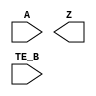
/**
 * Copyright 2020 The SkyWater PDK Authors
 *
 * Licensed under the Apache License, Version 2.0 (the "License");
 * you may not use this file except in compliance with the License.
 * You may obtain a copy of the License at
 *
 *     https://www.apache.org/licenses/LICENSE-2.0
 *
 * Unless required by applicable law or agreed to in writing, software
 * distributed under the License is distributed on an "AS IS" BASIS,
 * WITHOUT WARRANTIES OR CONDITIONS OF ANY KIND, either express or implied.
 * See the License for the specific language governing permissions and
 * limitations under the License.
 *
 * SPDX-License-Identifier: Apache-2.0
 */

`ifndef SKY130_FD_SC_LS__EBUFN_SYMBOL_V
`define SKY130_FD_SC_LS__EBUFN_SYMBOL_V

/**
 * ebufn: Tri-state buffer, negative enable.
 *
 * Verilog stub (without power pins) for graphical symbol definition
 * generation.
 *
 * WARNING: This file is autogenerated, do not modify directly!
 */

`timescale 1ns / 1ps
`default_nettype none

(* blackbox *)
module sky130_fd_sc_ls__ebufn (
    //# {{data|Data Signals}}
    input  A   ,
    output Z   ,

    //# {{control|Control Signals}}
    input  TE_B
);

    // Voltage supply signals
    supply1 VPWR;
    supply0 VGND;
    supply1 VPB ;
    supply0 VNB ;

endmodule

`default_nettype wire
`endif  // SKY130_FD_SC_LS__EBUFN_SYMBOL_V